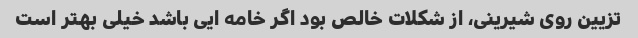
تزیین روی شیرینی، از شکلات خالص بود اگر خامه ایی باشد خیلی بهتر است